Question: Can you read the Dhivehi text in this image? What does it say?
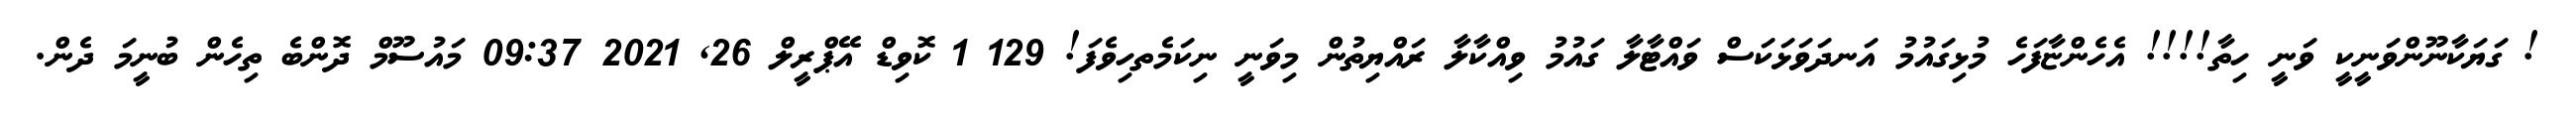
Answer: ! ގަޔަކާނޫންވަނީކީ ވަނީ ހިތާ!!!! އެހެންޏާފަހެ މުޅިގައުމު އަނދަވަޅަކަސް ވައްޓާލާ ގައުމު ވިއްކާލާ ރައްޔިތުން މިވަނީ ނިކަމެތހިވެފަ! 129 1 ކޮވިޑް އޭޕްރީލް 26, 2021 09:37 މައުސޫމް ދޮންބެ ތިހެން ބުނީމަ ދެން.